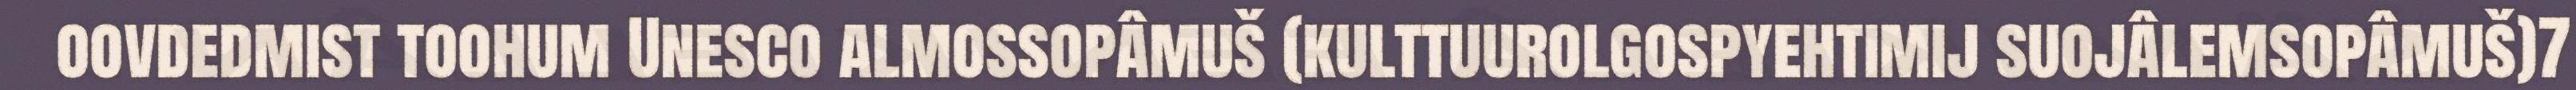
oovdedmist toohum Unesco almossopâmuš (kulttuurolgospyehtimij suojâlemsopâmuš)7